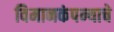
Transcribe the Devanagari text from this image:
विमानकंपन्याचे